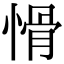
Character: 愲